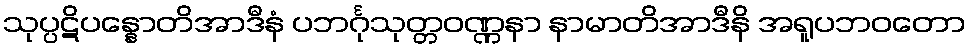
သုပ္ပဋိပန္နောတိအာဒီနံ ပဘင်္ဂုသုတ္တဝဏ္ဏနာ နာမာတိအာဒီနိ အရူပဘဝတော